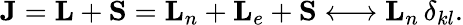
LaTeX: {\mathbf{J}}={\mathbf{L}}+{\mathbf{S}}={\mathbf{L}}_{n}+{\mathbf{L}}_{e}+{\mathbf{S}}\longleftrightarrow{\mathbf{L}}_{n}\, \delta_{kl}.